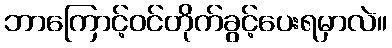
ဘာကြောင့်ဝင်တိုက်ခွင့်ပေးရမှာလဲ။